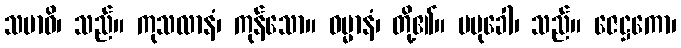
သမာဓိ၊ သည်။ ကုသလာနံ၊ ကုန်သော။ ဓမ္မာနံ၊ တို့၏။ ပမုခေါ၊ သည်။ ဇေဋ္ဌကော၊